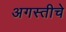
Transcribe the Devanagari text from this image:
अगस्तीचे